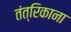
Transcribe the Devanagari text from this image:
तंत्रिकाना